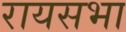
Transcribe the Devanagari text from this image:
रायसभा